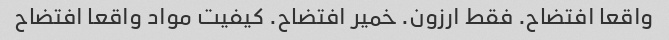
واقعا افتضاح. فقط ارزون. خمیر افتضاح. کیفیت مواد واقعا افتضاح